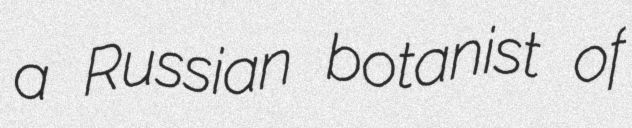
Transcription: a Russian botanist of